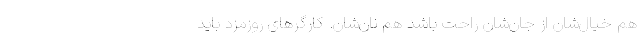
هم خیال‌شان از جان‌شان راحت باشد هم نان‌شان. کارگرهای روزمزد باید